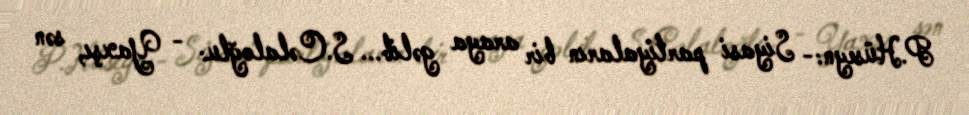
P.Hüseyn:- Siyasi partiyaların bir araya gəlib... S.Cəlaloğlu: - Yaxşı, sən